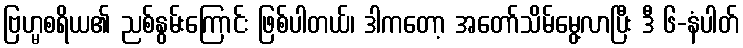
ဗြဟ္မစရိယ၏ ညစ်နွမ်းကြောင်း ဖြစ်ပါတယ်၊ ဒါကတော့ အတော်သိမ်မွေ့လာပြီး ဒီ ၆-နံပါတ်